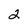
Character: 2